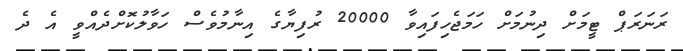
ރަނަރަޕް ޓީމަށް ދިނުމަށް ހަމަޖެހިފައިވާ 20000 ރުފިޔާގެ އިނާމުވެސް ހަވާލުކޮށްދެއްވީ އެ ދެ